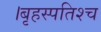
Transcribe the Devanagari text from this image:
।बृहस्पतिश्च